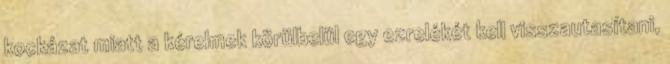
kockázat miatt a kérelmek körülbelül egy ezrelékét kell visszautasítani,